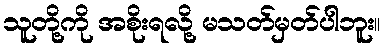
သူတို့ကို အစိုးရလို့ မသတ်မှတ်ပါဘူး။